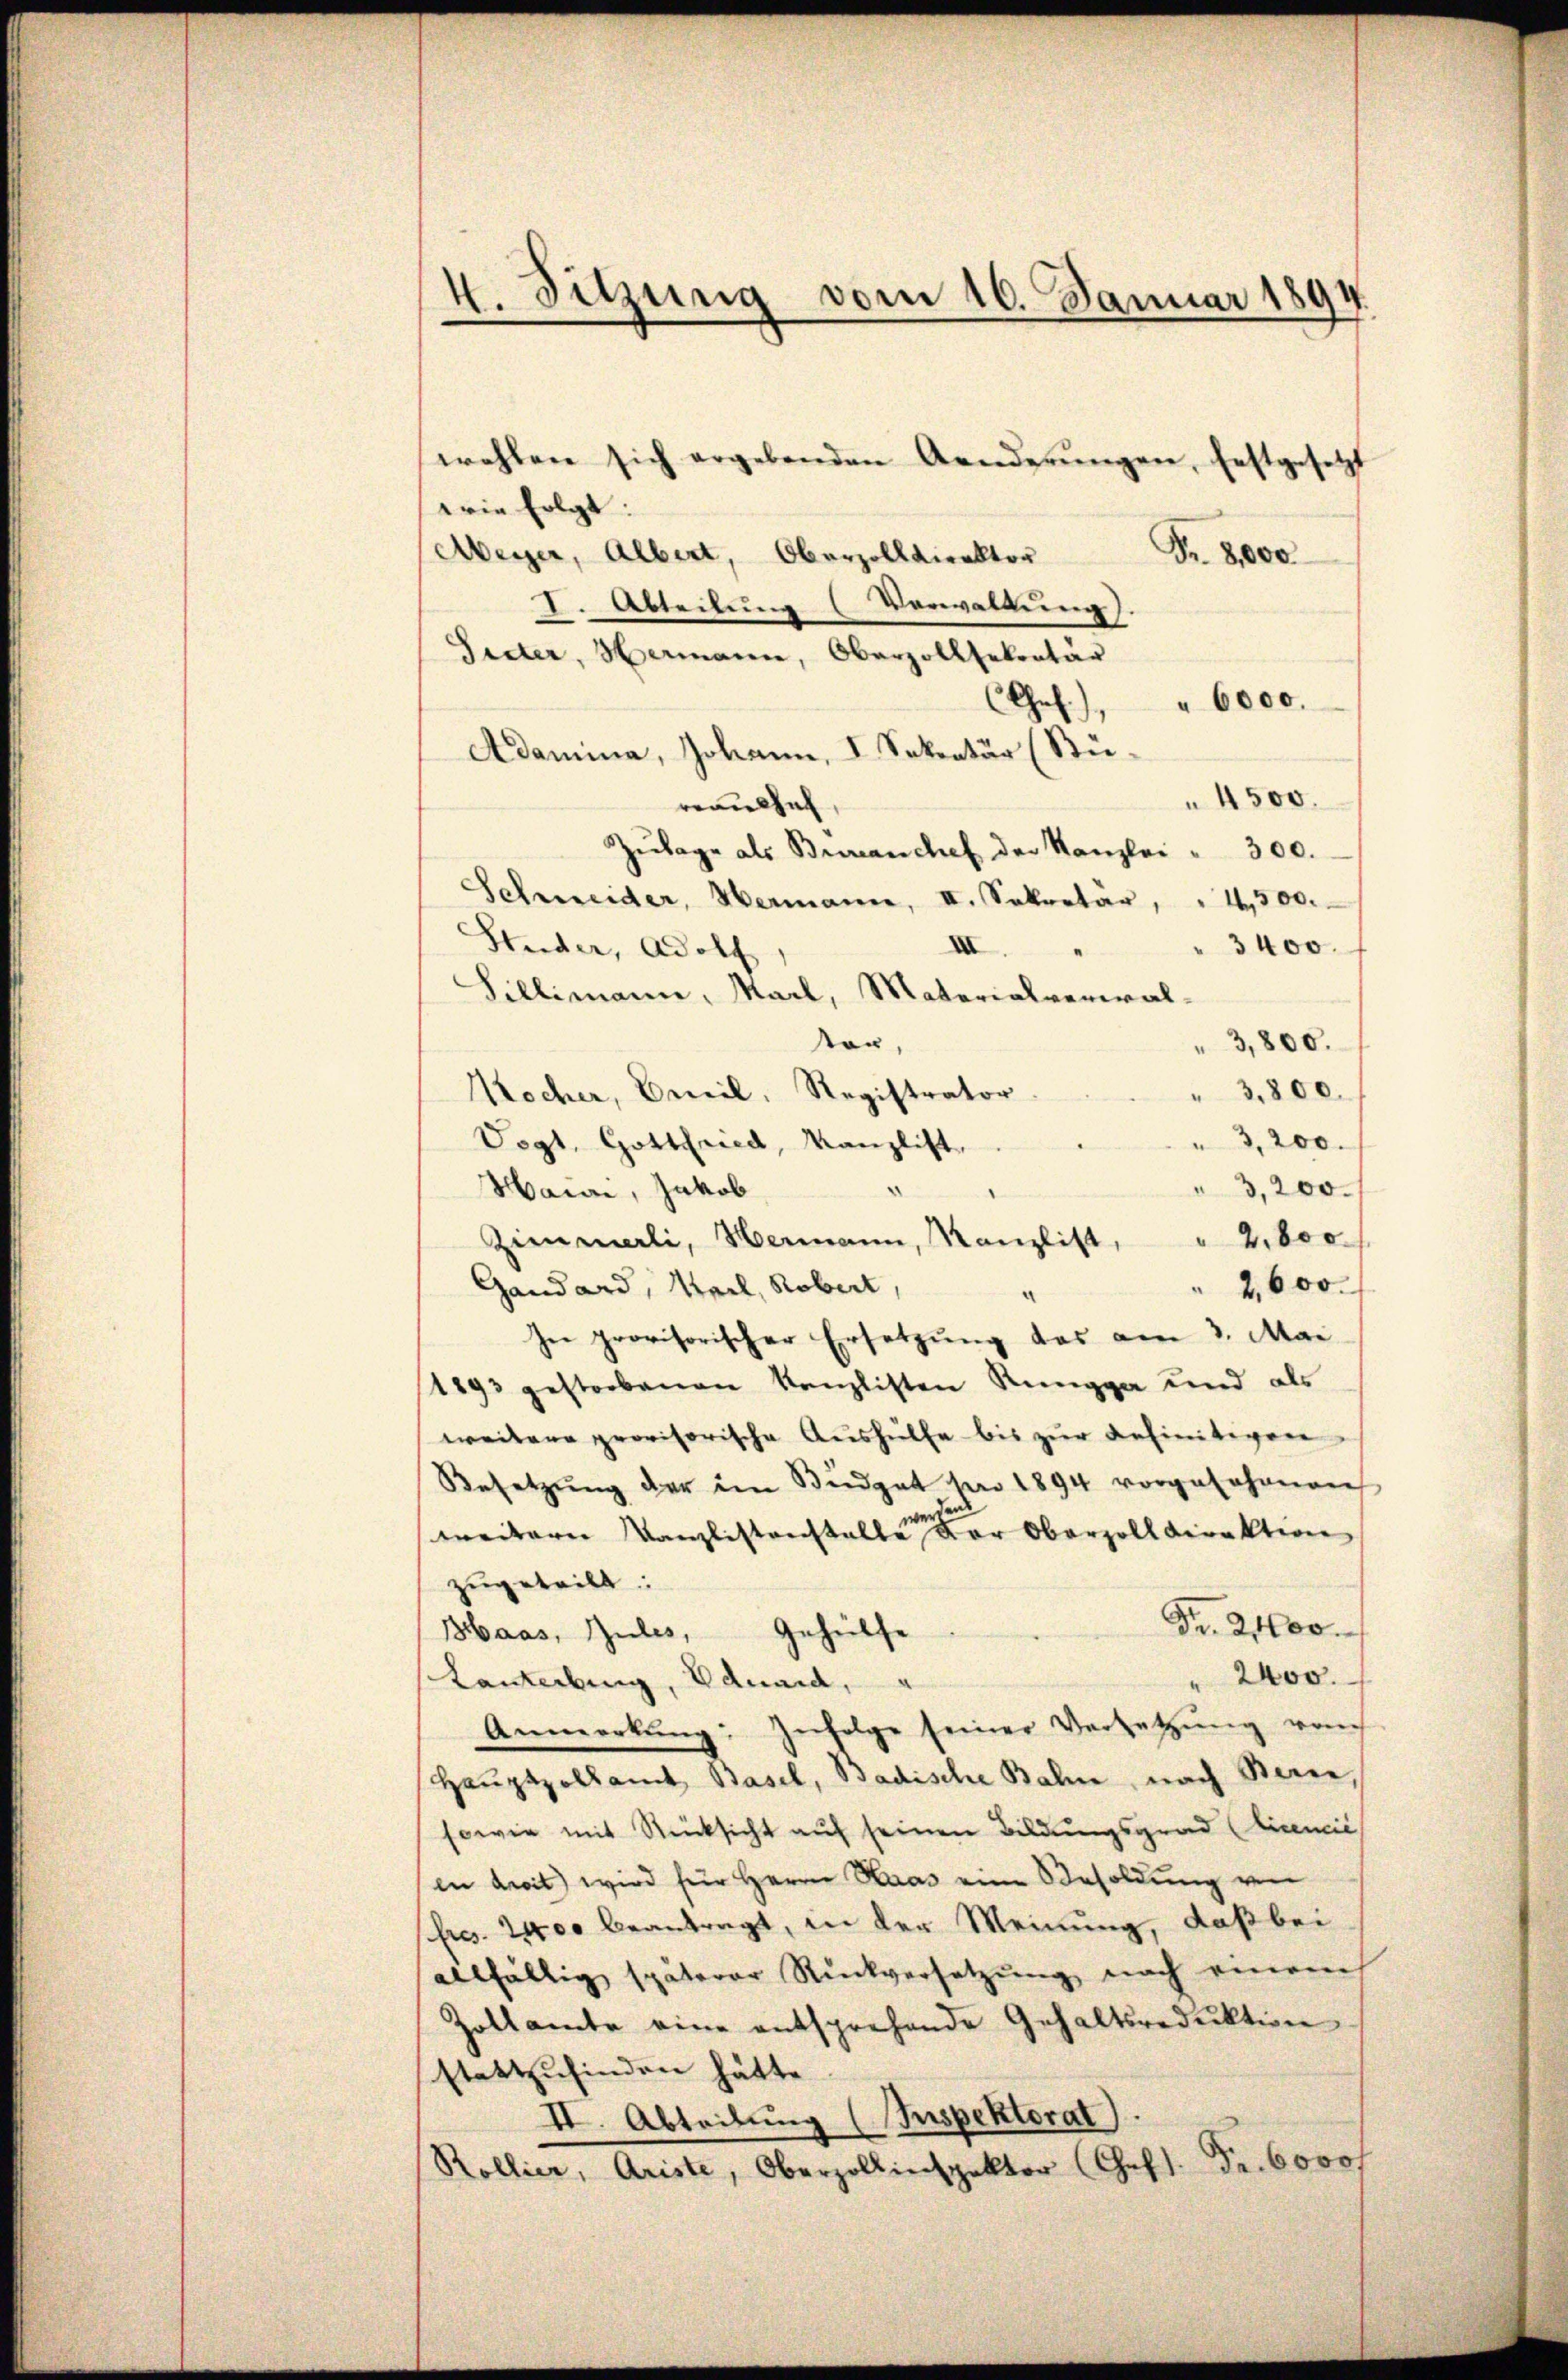
4. Sitzung vom 16. Januar 1894.

wehlen sich ergebenden Aenderŭngen, festgesetzt
wie folgt:
Meyer, Albert, Oberzolldirektor Fr. 8,000
I. Abteilung (Verwaltung).
Seiter, Hermann, Oberzollsekretär
" 6000.
Ges.),
Adamina, Johann, I. Sekretär (Stü¬
4500.
reau haf
Zŭlage als Buranchef der Kanzlei " 300.
Schneider, Hermann, II. Sekretär, " 1500.
Studer, Adolf
XII
3400.
Sillimann, Marl, Materialverwal-
ton,
3,800.
" 3,800.
Wocher, Emil, Registrator
3,200.
Vogt. Gottfried, Kanzlist.
3,200.
Haini, Jakob
Zimmerli, Hermann, Kanzlist, " 2,000
Gandord, Weil, Robert,
2,600.
a
In provisorischer Ersetzung das am 3. Mai
1893 gestorbenen Kanzlisten Ringga und als
weitere provisorische Aushülfe bis zur Definitiven
Besetzŭng der im Büdget par 1894 vorgesehenen
weitern Kanzlistenstalte der Oberzoll direktion
zugeteilt:
Fr. 2100.
Haas, Zules, Gehülfe
" 2400.
Lanterbung, Eduard,
Anmerkŭng: Zŭfolge seiner Versetzŭng von
Haŭptpollamt Basel, Badische Bahn, nach Berne,
sowie mit Rücksicht auf seinen Bildungsgrad (Einmie
in droit) wird für Herrn Haas eine Besoldung von
Ercs. 2400 beantragt, in der Meinung, daß bei
allfällig späterer Rückversetzŭng nach einem
Zollamte eine entsprechende Gehaltsreduktion
stattzufinden hätte.
II. Abteilung (Inspektorat).
Rollier, Ariste, Oberzollinspektor (Ges. Fr. 6000 f